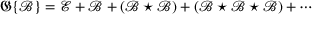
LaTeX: { \mathfrak { G } } \{ { \mathcal { B } } \} = { \mathcal { E } } + { \mathcal { B } } + ( { \mathcal { B } } \star { \mathcal { B } } ) + ( { \mathcal { B } } \star { \mathcal { B } } \star { \mathcal { B } } ) + \cdots